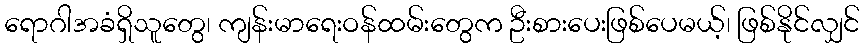
ရောဂါအခံရှိသူတွေ၊ ကျန်းမာရေးဝန်ထမ်းတွေက ဦးစားပေးဖြစ်ပေမယ့်၊ ဖြစ်နိုင်လျှင်